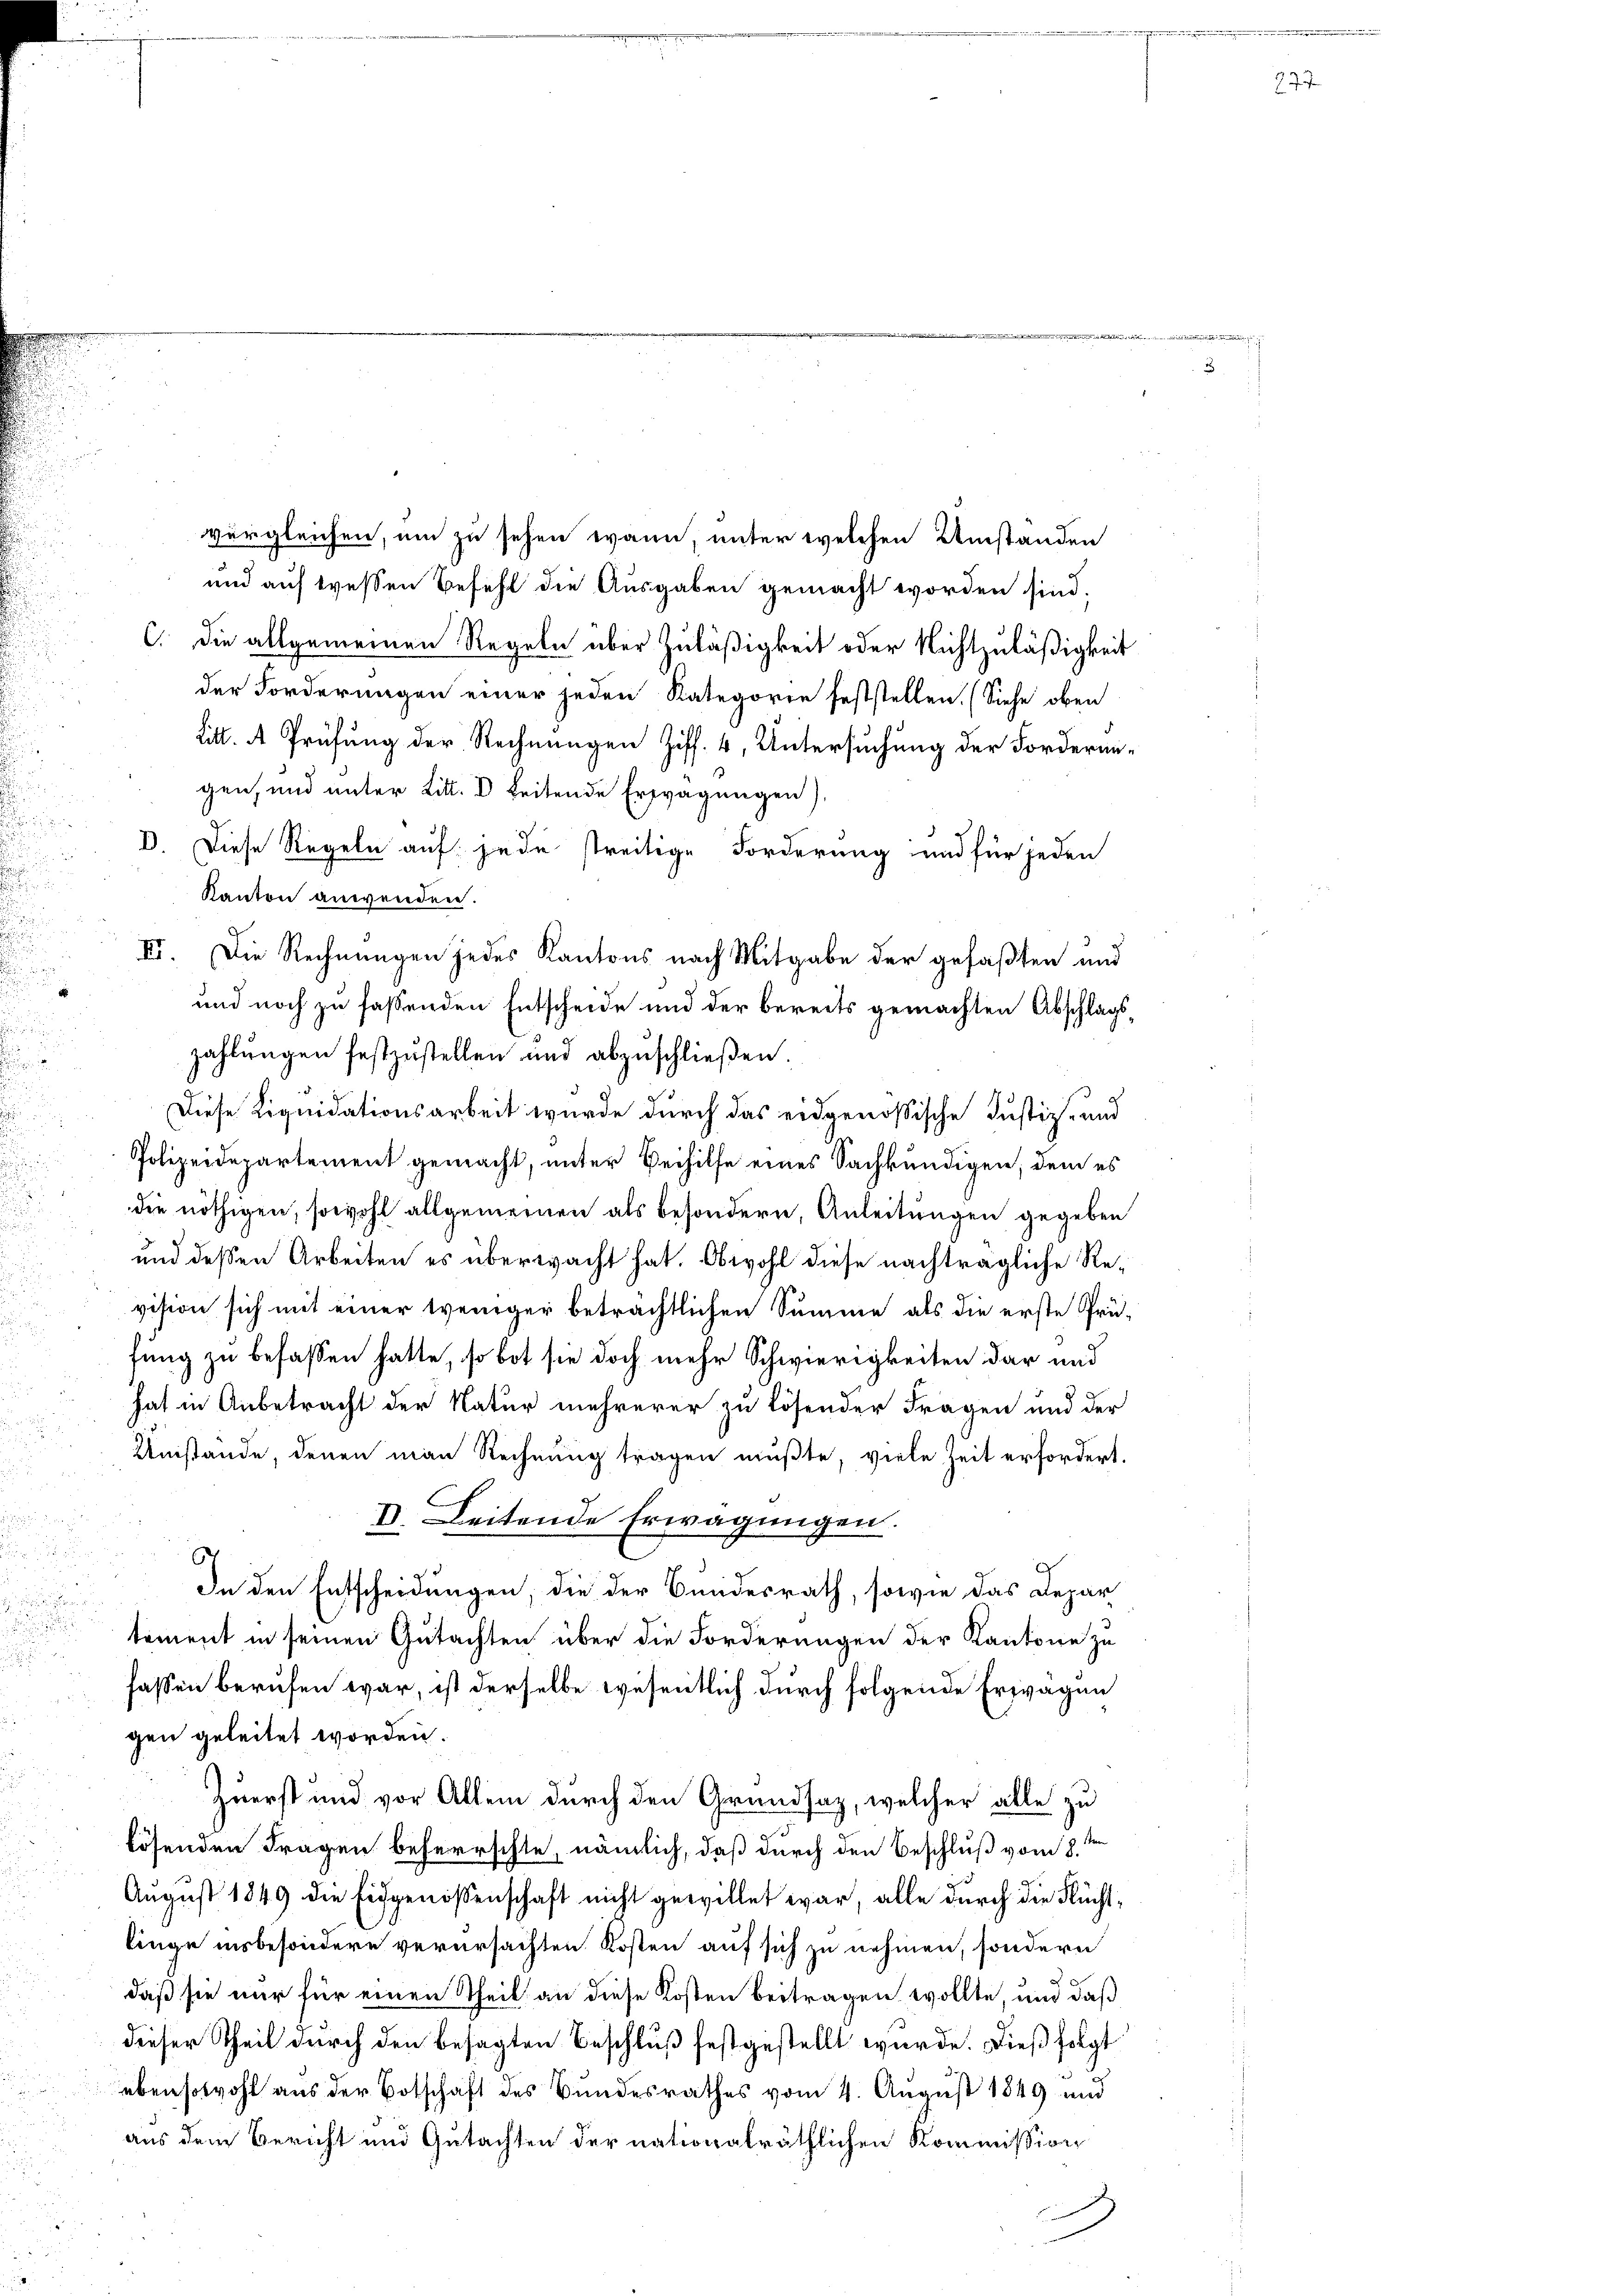
u
.

vergleichen, um zu sehen wann, unter welchen Umstanden
und auf wesen Befehl die Ausgaben gemacht worden sind.
C. die allgemeinen Regeln über Zuläßigkeit oder Nichtzuläßigkeit
der Forderungen einer jeden Kategorie feststellen. (Siehe oben
Litt. A Prüfung der Rechnungen Ziff. 4, Untersuchung der Forderungen, und unter Litt. e beitende Erwägungen)
D. Diese Regeln auf jede streitige Forderung und für jeden
Kanton anwenden.
III. Die Rechnungen jedes Kantons nach Mitgabe der gefaßten und
und noch zu fassenden Entscheide und der bereits gemachten Abschlagszahlungen festzustellen und abzŭschlieβen.
Diese Liquidationsarbeit wurde durch das eidgenössische Justiz- und
Polizeidepartement gemacht, unter Beihilfe eines Sachkundigen, dem es
die nöthigen, sowohl allgemeinen als besondern, Anleitungen gegeben
und dessen Arbeiten es überwacht hat. Obwohl diese nachträgliche Revision sich mit einer weniger beträchtlichen Summe als die erste Prüfung zu befassen hatte, so bot sie doch mehr Schwierigkeiten dar und
hat in Anbetracht der Natur mehrerer zu lösender Fragen und der
Umstände, denen man Rechnung tragen mußte, viele Zeit erfordert.
V. Leitende Erwägungen.
c
In den Entscheidungen, die der Bundesrath, sowie das Depar
tement in seinen Gutachten über die Forderungen der Kantone zu
fassen berufen war, ist derselbe wesentlich durch folgende Erwägen
gen geleitet worden.
Zuerst und vor Allem durch den Grundsaz, welcher alle zu
lösenden Fragen beherrschte, nämlich, daß durch den Beschluß vom 8.
August 1849 die Eidgenossenschaft nicht gewillet war, alle durch die Flüchtlinge insbesondere verursachten Kosten auf sich zu nehmen, sondern
daß sie nur für einen Theil an diese Kosten beitragen wollte, und daß
dieser Theil durch den besagten Beschluß festgestellt wurde. Dieß folgt
ebensowohl aus der Botschaft des Bundesrathes vom 4. August 1849 und
aus dem Bericht und Gutachten der nationalräthlichen Kommission

i

77.